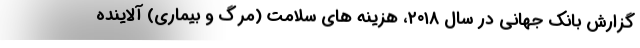
گزارش بانک جهانی در سال ۲۰۱۸، هزینه های سلامت (مرگ و بیماری) آلاینده